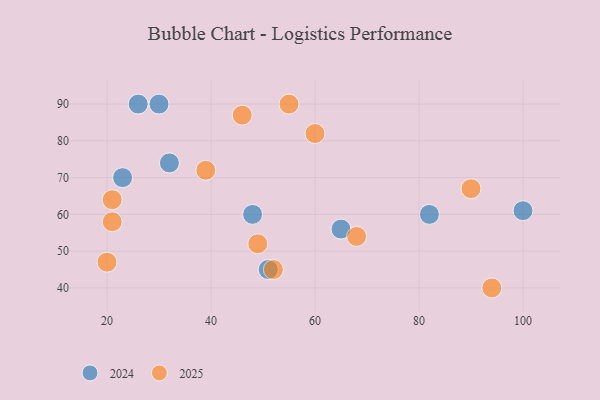
{"axis": {"x": "GDP", "y": "Life Expectancy"}, "legend": ["2024", "2025"], "data": [{"x": "68", "y": 54, "type": "2025"}, {"x": "55", "y": 90, "type": "2025"}, {"x": "52", "y": 45, "type": "2025"}, {"x": "60", "y": 82, "type": "2025"}, {"x": "90", "y": 67, "type": "2025"}, {"x": "21", "y": 64, "type": "2025"}, {"x": "39", "y": 72, "type": "2025"}, {"x": "49", "y": 52, "type": "2025"}, {"x": "94", "y": 40, "type": "2025"}, {"x": "20", "y": 47, "type": "2025"}, {"x": "46", "y": 87, "type": "2025"}, {"x": "21", "y": 58, "type": "2025"}, {"x": "100", "y": 61, "type": "2024"}, {"x": "26", "y": 90, "type": "2024"}, {"x": "23", "y": 70, "type": "2024"}, {"x": "51", "y": 45, "type": "2024"}, {"x": "82", "y": 60, "type": "2024"}, {"x": "32", "y": 74, "type": "2024"}, {"x": "65", "y": 56, "type": "2024"}, {"x": "30", "y": 90, "type": "2024"}, {"x": "48", "y": 60, "type": "2024"}]}